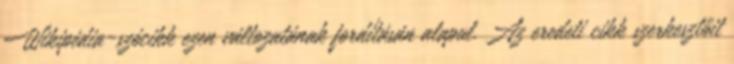
Wikipédia-szócikk ezen változatának fordításán alapul. Az eredeti cikk szerkesztőit